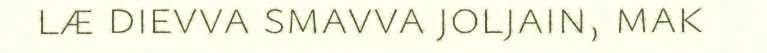
læ dievva smavva joljain, mak